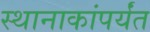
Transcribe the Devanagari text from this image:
स्थानाकांपर्यंत